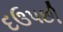
દઉપછી